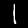
Digit: 1